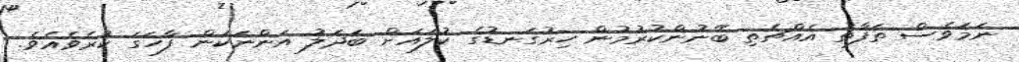
ނަމަވެސް ތަފާތު އެއްޗެތި ބޭނުންކުރުމުން ހިރުގަނޑުގެ ކުލައަށް ބަދަލު އަންނަކަން ފާހަގަ ކުރެވެއެވެ.